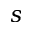
s